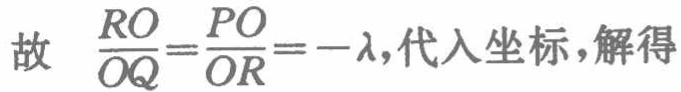
故 $\frac{RO}{OQ}=\frac{PO}{OR}=-\lambda$, 代入坐标,解得